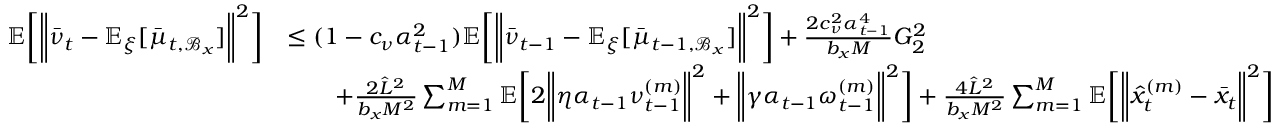
\begin{array} { r l } { \mathbb { E } \bigg [ \bigg \| \bar { \nu } _ { t } - \mathbb { E } _ { \xi } [ \bar { \mu } _ { t , \mathcal { B } _ { x } } ] \bigg \| ^ { 2 } \bigg ] } & { \leq ( 1 - c _ { \nu } \alpha _ { t - 1 } ^ { 2 } ) \mathbb { E } \bigg [ \bigg \| \bar { \nu } _ { t - 1 } - \mathbb { E } _ { \xi } [ \bar { \mu } _ { t - 1 , \mathcal { B } _ { x } } ] \bigg \| ^ { 2 } \bigg ] + \frac { 2 c _ { \nu } ^ { 2 } \alpha _ { t - 1 } ^ { 4 } } { b _ { x } M } G _ { 2 } ^ { 2 } } \\ & { \qquad + \frac { 2 \hat { L } ^ { 2 } } { b _ { x } M ^ { 2 } } \sum _ { m = 1 } ^ { M } \mathbb { E } \bigg [ 2 \bigg \| \eta \alpha _ { t - 1 } \nu _ { t - 1 } ^ { ( m ) } \bigg \| ^ { 2 } + \bigg \| \gamma \alpha _ { t - 1 } \omega _ { t - 1 } ^ { ( m ) } \bigg \| ^ { 2 } \bigg ] + \frac { 4 \hat { L } ^ { 2 } } { b _ { x } M ^ { 2 } } \sum _ { m = 1 } ^ { M } \mathbb { E } \bigg [ \bigg \| \hat { x } _ { t } ^ { ( m ) } - \bar { x } _ { t } \bigg \| ^ { 2 } \bigg ] } \end{array}